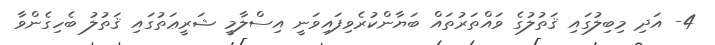
4- އަދި މިބިލުގައި ޤަތުލުގެ ވައްތަރުތައް ބަޔާންކުރެވިފައިވަނީ އިސްލާމީ ޝަރީޢަތުގައި ޤަތުލު ބެހިގެންވާ